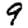
Digit: 9